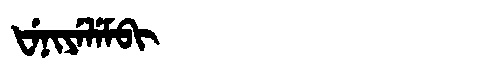
Manchu: ᡶᡝᠨᡳᠶᡝᠯᡝᠮᠪᡳ
Romanization: FENIYELEMBI